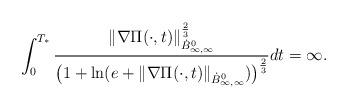
LaTeX: \begin{align*}\int_{0}^{T_{*}}\frac{\|\nabla \Pi(\cdot,t)\|_{\dot{B}^{0}_{\infty,\infty}}^{\frac{2}{3}}}{\big(1+\ln(e+\|\nabla \Pi(\cdot,t)\|_{\dot{B}^{0}_{\infty,\infty}})\big)^{\frac{2}{3}}}dt=\infty.\end{align*}